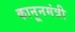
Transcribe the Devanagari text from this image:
कानूनमंत्री